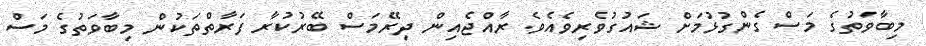
މިބާވަތުގެ މަސް ގެންގުޅުމަށް ޝައުގުވެރިވެއެވެ. ރާއްޖެއިން ދިރޭމަސް ބޭރުކުރާ ފަރާތްތަކުން މިބާވަތުގެ މަސް